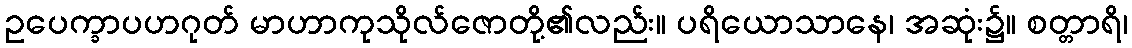
ဥပေက္ခာပဟဂုတ် မာဟာကုသိုလ်ဇောတို့၏လည်း။ ပရိယောသာနေ၊ အဆုံး၌။ စတ္တာရိ၊